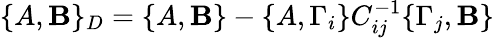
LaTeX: \{ A,\mathbf{B}\} _{D}=\{ A,\mathbf{B}\} -\{ A,\Gamma_{i}\} C_{ij}^{-1}\{ \Gamma_{j},\mathbf{B}\}